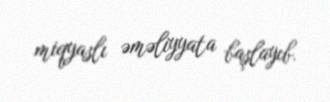
miqyaslı əməliyyata başlayıb.